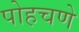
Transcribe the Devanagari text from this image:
पोहचणे